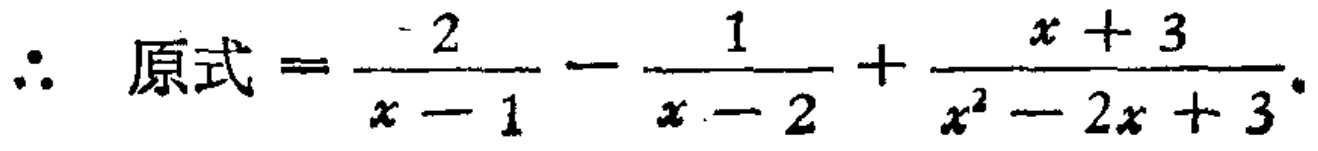
\(\therefore 原式=\frac{2}{x - 1}-\frac{1}{x - 2}+\frac{x + 3}{x^{2}-2x + 3}\)